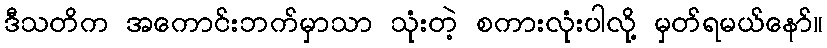
ဒီသတိက အကောင်းဘက်မှာသာ သုံးတဲ့ စကားလုံးပါလို့ မှတ်ရမယ်နော်။